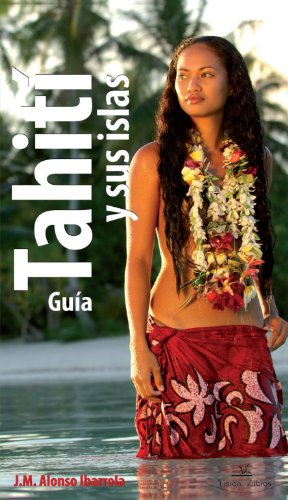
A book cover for GuÃ­a de TahitÃ­ (Spanish Edition); J.M. Alonso Ibarrola; Travel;